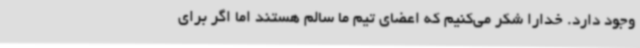
وجود دارد. خدارا شکر می‌کنیم که اعضای تیم ما سالم هستند اما اگر برای